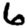
Digit: 6